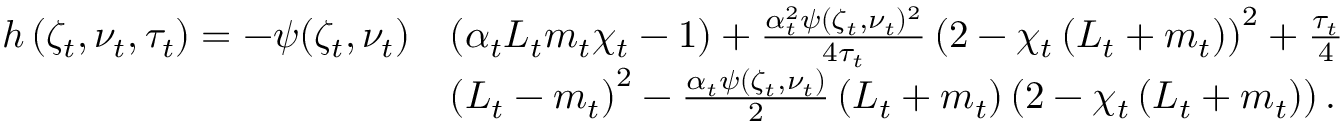
\begin{array} { r l } { h \left( \zeta _ { t } , \nu _ { t } , \tau _ { t } \right) = - \psi ( \zeta _ { t } , \nu _ { t } ) } & { \left( \alpha _ { t } L _ { t } m _ { t } \chi _ { t } - 1 \right) + \frac { \alpha _ { t } ^ { 2 } \psi ( \zeta _ { t } , \nu _ { t } ) ^ { 2 } } { 4 \tau _ { t } } \left( 2 - \chi _ { t } \left( L _ { t } + m _ { t } \right) \right) ^ { 2 } + \frac { \tau _ { t } } { 4 } } \\ & { \left( L _ { t } - m _ { t } \right) ^ { 2 } - \frac { \alpha _ { t } \psi ( \zeta _ { t } , \nu _ { t } ) } { 2 } \left( L _ { t } + m _ { t } \right) \left( 2 - \chi _ { t } \left( L _ { t } + m _ { t } \right) \right) . } \end{array}